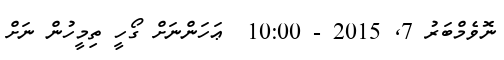
ނޮވެމްބަރު 7